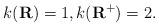
LaTeX: \begin{align*} k(\mathbf R) = 1, k(\mathbf R^+) = 2 . \end{align*}